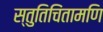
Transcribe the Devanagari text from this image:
स्तुतिचिंतामणि